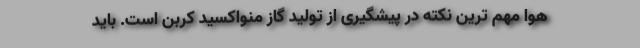
هوا مهم ترین نکته در پیشگیری از تولید گاز منواکسید کربن است. باید